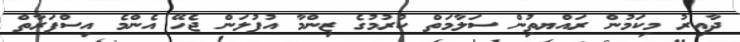
ދާއިރު މިކަމުން ރައްޔތިުން ސަލާމަތް ކުރުމުގެ ޒިންމާ އުފުލަން ޖެހޭ އެންމެ އިސްފަރާތް